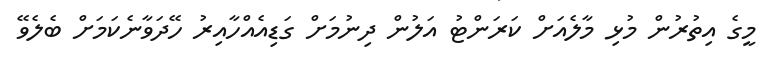
މީގެ އިތުރުން މުޅި މާލެއަށް ކަރަންޓު އަލުން ދިނުމަށް ގަޑިއެއްހާއިރު ހޭދަވާނެކަމަށް ބެލެވޭ